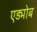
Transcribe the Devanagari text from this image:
एड्मोब